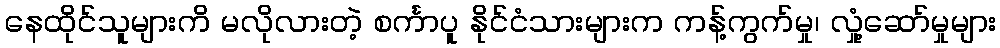
နေထိုင်သူများကိ မလိုလားတဲ့ စင်္ကာပူ နိုင်ငံသားများက ကန့်ကွက်မှု၊ လှုံ့ဆော်မှုများ